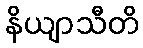
နိယျာသီတိ